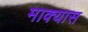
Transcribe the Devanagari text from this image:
माक्यास